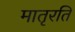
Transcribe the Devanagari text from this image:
मातृरति